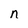
Character: n